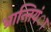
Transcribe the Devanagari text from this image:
भ्रान्तियंा